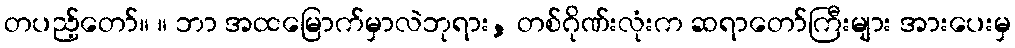
တပည့်တော်။ ။ ဘာ အထမြောက်မှာလဲဘုရား, တစ်ဂိုဏ်းလုံးက ဆရာတော်ကြီးများ အားပေးမှ